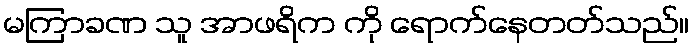
မကြာခဏ သူ အာဖရိက ကို ရောက်နေတတ်သည်။